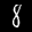
Label: 8